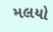
મલયો